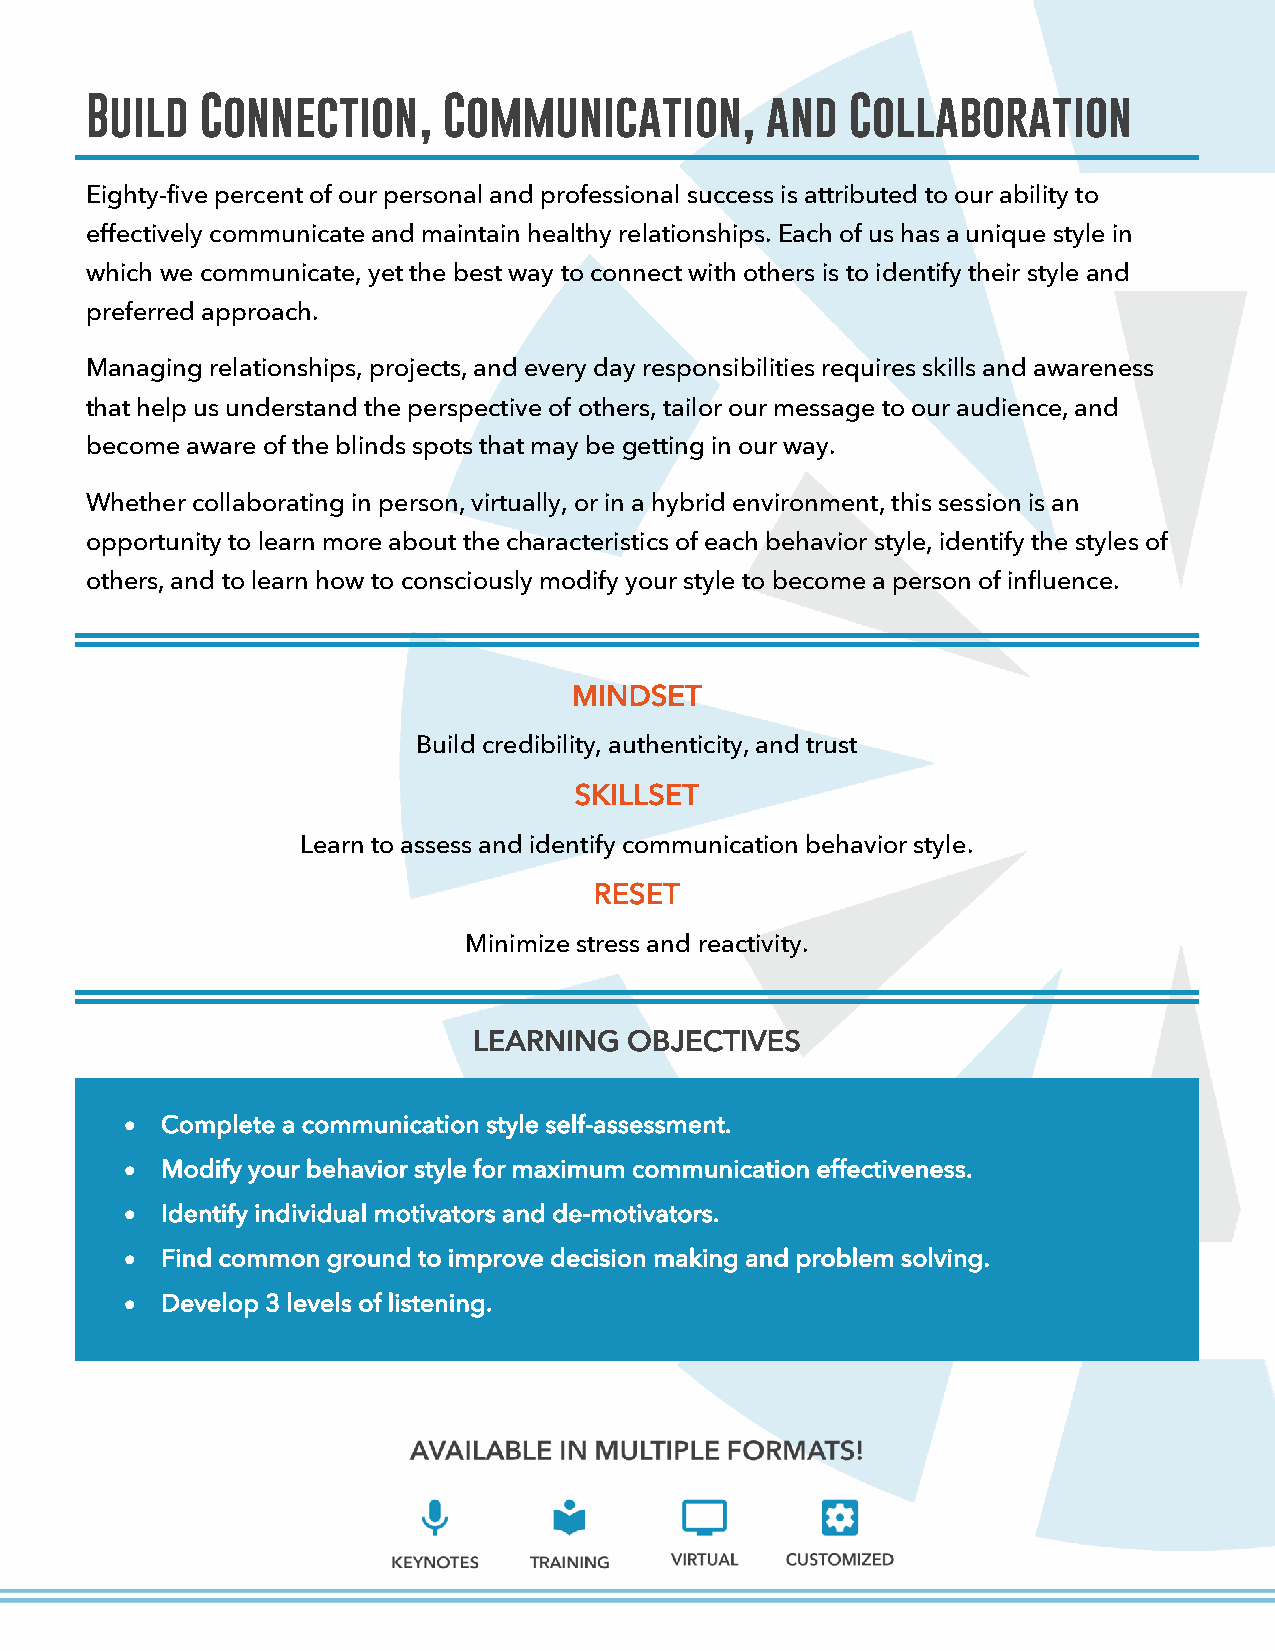
Build  Connection,     Communication,        and  Collaboration
 Eighty-five percent of our personal and professional success is attributed to our ability to
 effectively communicate and maintain healthy relationships. Each of us has a unique style in
 which we communicate, yet the best way to connect with others is to identify their style and
 preferred approach.
 Managing relationships, projects, and every day responsibilities requires skills and awareness
 that help us understand the perspective of others, tailor our message to our audience, and
 become aware of the blinds spots that may be getting in our way.
 Whether collaborating in person, virtually, or in a hybrid environment, this session is an
 opportunity to learn more about the characteristics of each behavior style, identify the styles of
 others, and to learn how to consciously modify your style to become a person of influence.
 MINDSET
 Build credibility, authenticity, and trust
 SKILLSET
 Learn to assess and identify communication behavior style.
 RESET
 Minimize stress and reactivity.
 LEARNING   OBJECTIVES
 •  Complete a communication style self-assessment.
 •  Modify your behavior style for maximum communication effectiveness.
 •  Identify individual motivators and de-motivators.
 •  Find common ground to improve decision making and problem solving.
 •  Develop 3 levels of listening.
 COPYRIGHT 2021 ANNE GRADY GROUP. ALL RIGHTS RESERVED